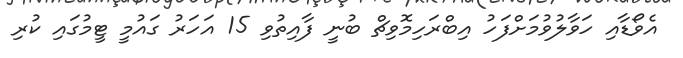
އެވޯޑާއި ހަވާލުވުމަށްފަހު އިބްރަހިމޮވިޗް ބުނީ ފާއިތުވި 15 އަހަރު ގައުމީ ޓީމުގައި ކުރި